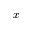
x